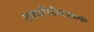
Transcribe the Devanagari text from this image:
रावळपिंडीजवळची